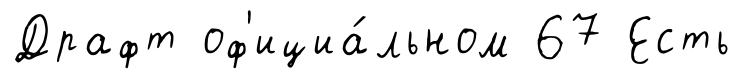
Драфт оф'ициа́льном 67 Есть